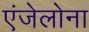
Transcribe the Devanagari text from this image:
एंजेलोना